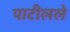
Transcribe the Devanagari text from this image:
पाटीलले